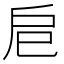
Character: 𢨪